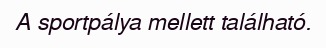
A sportpálya mellett található.